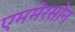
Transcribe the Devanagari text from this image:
एममेरसोन